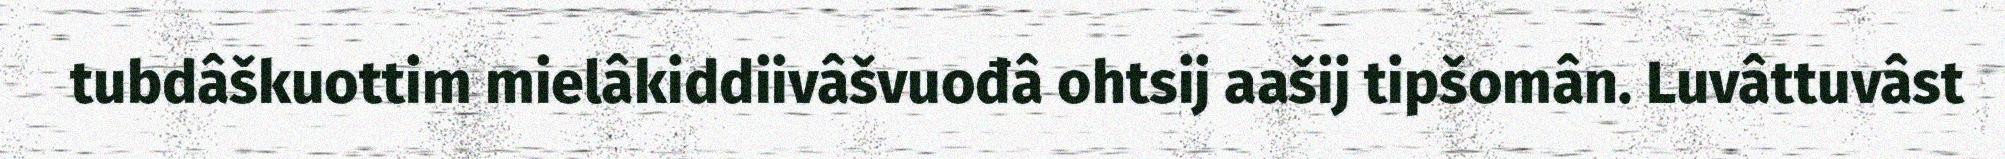
tubdâškuottim mielâkiddiivâšvuođâ ohtsij aašij tipšomân. Luvâttuvâst